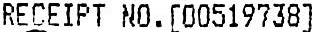
RECEIPT NO.[00519738]